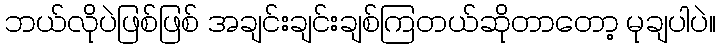
ဘယ်လိုပဲဖြစ်ဖြစ် အချင်းချင်းချစ်ကြတယ်ဆိုတာတော့ မုချပါပဲ။